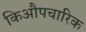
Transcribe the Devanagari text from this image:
किऔपचारिक